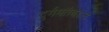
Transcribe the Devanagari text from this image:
दुर्गमतेबद्दल